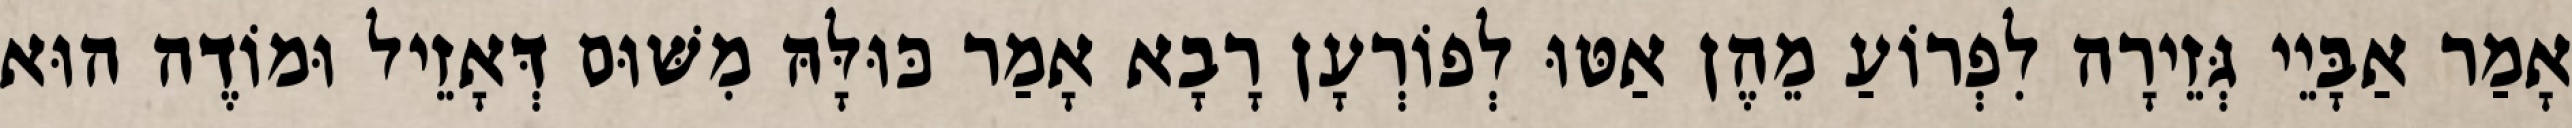
אָמַר אַבָּיֵי גְּזֵירָה לִפְרוֹעַ מֵהֶן אַטּוּ לְפוֹרְעָן רָבָא אָמַר כּוּלָּהּ מִשּׁוּם דְּאָזֵיל וּמוֹדֶה הוּא